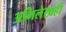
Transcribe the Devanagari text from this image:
अभिलेखही